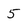
Character: 5